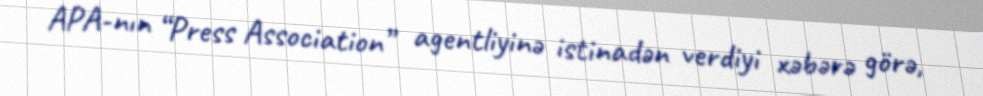
APA-nın “Press Association” agentliyinə istinadən verdiyi xəbərə görə,